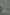
-